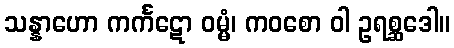
သန္နာဟော ကင်္ကဋော ဝမ္မံ၊ ကဝစော ဝါ ဥရစ္ဆဒေါ။